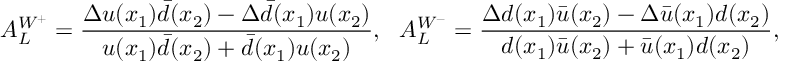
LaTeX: A _ { L } ^ { W ^ { + } } = \frac { \Delta u ( x _ { 1 } ) \bar { d } ( x _ { 2 } ) - \Delta \bar { d } ( x _ { 1 } ) u ( x _ { 2 } ) } { u ( x _ { 1 } ) \bar { d } ( x _ { 2 } ) + \bar { d } ( x _ { 1 } ) u ( x _ { 2 } ) } , ~ ~ A _ { L } ^ { W ^ { - } } = \frac { \Delta d ( x _ { 1 } ) \bar { u } ( x _ { 2 } ) - \Delta \bar { u } ( x _ { 1 } ) d ( x _ { 2 } ) } { d ( x _ { 1 } ) \bar { u } ( x _ { 2 } ) + \bar { u } ( x _ { 1 } ) d ( x _ { 2 } ) } ,